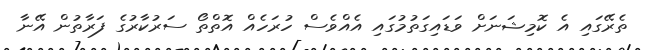
ތެރޭގައި އެ ކޮމިޝަނަށް ވަޑައިގަތުމުގައި އެއްވެސް ހުރަހެއް އޮތްތޯ ސަރުކާރުގެ ފަރާތުން އޭނާ